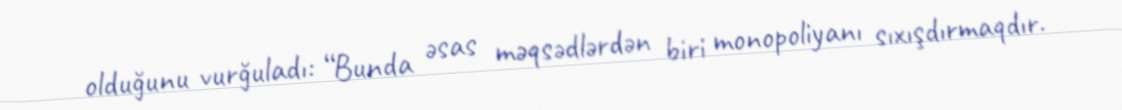
olduğunu vurğuladı: “Bunda əsas məqsədlərdən biri monopoliyanı sıxışdırmaqdır.